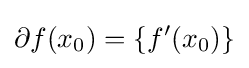
\partial f(x_{0})=\{f'(x_{0})\}